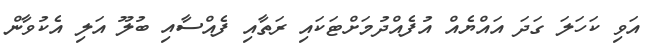
އަވި ކަހަލަ ގަދަ އައްޔެއް އުފެއްދުމަށްޓަކައި ރަތާއި ފެއްސާއި ބުލޫ އަލި އެކުވާން